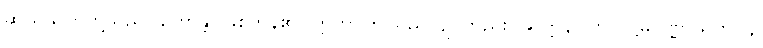
ဆယ်သုတ်တို့သည်။ ဟောန္တိ၊ ဖြစ်ကုန်၏။ ဣတိ၊ ဤသည်လျင်တည်း။ ဆက္ကနိပါတ် ပဋ္ဌမပဏ္ဏာသက၊ ၄၊